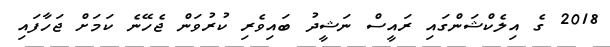
2018 ގެ އިލެކްޝަންގައި ރައީސް ނަޝީދު ބައިވެރި ކުރުވަން ޖެހޭނެ ކަމަށް ޖަހާފައި